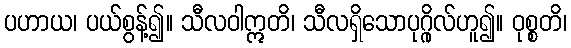
ပဟာယ၊ ပယ်စွန့်၍။ သီလဝါဣတိ၊ သီလရှိသောပုဂ္ဂိုလ်ဟူ၍။ ဝုစ္စတိ၊